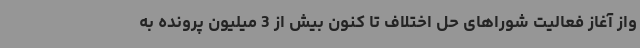
واز آغاز فعالیت شوراهای حل اختلاف تا کنون بیش از 3 میلیون پرونده به